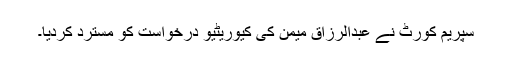
سپریم کورٹ نے عبدالرزاق میمن کی کیوریٹیو درخواست کو مسترد کردیا۔